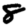
Digit: 8